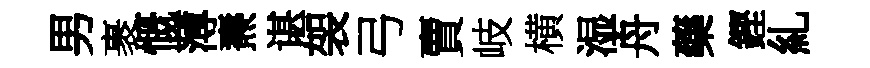
男裹慨薄燾谌袈弓賣岐横湿舟藥鏗糺